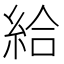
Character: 給